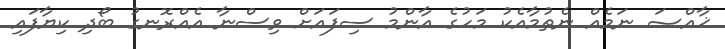
ޚާއްޞަ ނަމެއް ނެތުމާއެކު މަހުގެ އާންމު ސިފައަށް ވިސްނާ އެއްރޮނގު ބޯދި ކިޔާފައި